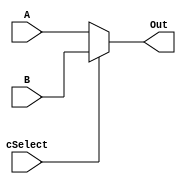
`timescale 1ns / 1ps
//////////////////////////////////////////////////////////////////////////////////
// Company: 
// Engineer: 
// 
// Design Name: 
// Module Name: Mux_32Bit_2To1_C
// Project Name: 
// Target Devices: 
// Tool Versions: 
// Description: 
// 
// Dependencies: 
// 
// Revision:
// Revision 0.01 - File Created
// Additional Comments:
// 
//////////////////////////////////////////////////////////////////////////////////


module Mux_32Bit_2To1_C(A, B,
                        cSelect,
                        
                        Out);
                        
    input [31:0] A;
    input [31:0] B;
    input cSelect;
    
    output [31:0] Out;

    
    //If sel is 0, out = inA; if sel is 1, out = inB
    assign Out = (cSelect == 0) ? A :
                 (cSelect == 1) ? B :
                 32'bX;

endmodule